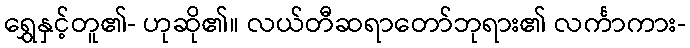
ရွှေနှင့်တူ၏- ဟုဆို၏။ လယ်တီဆရာတော်ဘုရား၏ လင်္ကာကား-